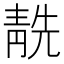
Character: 𩇜